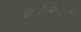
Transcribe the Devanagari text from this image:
फ्रॉन्फिक्स